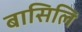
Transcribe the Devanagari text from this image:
बासिलि